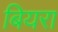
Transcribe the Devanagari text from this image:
बियरा